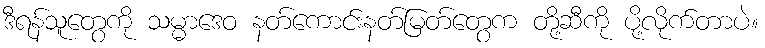
ဒီရန်သူတွေကို သမ္မာဒေဝ နတ်ကောင်းနတ်မြတ်တွေက တို့ဆီကို ပို့လိုက်တာပဲ။